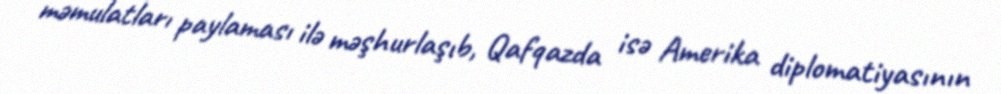
məmulatları paylaması ilə məşhurlaşıb, Qafqazda isə Amerika diplomatiyasının